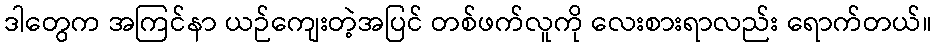
ဒါတွေက အကြင်နာ ယဉ်ကျေးတဲ့အပြင် တစ်ဖက်လူကို လေးစားရာလည်း ရောက်တယ်။